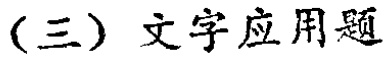
(三) 文字应用题